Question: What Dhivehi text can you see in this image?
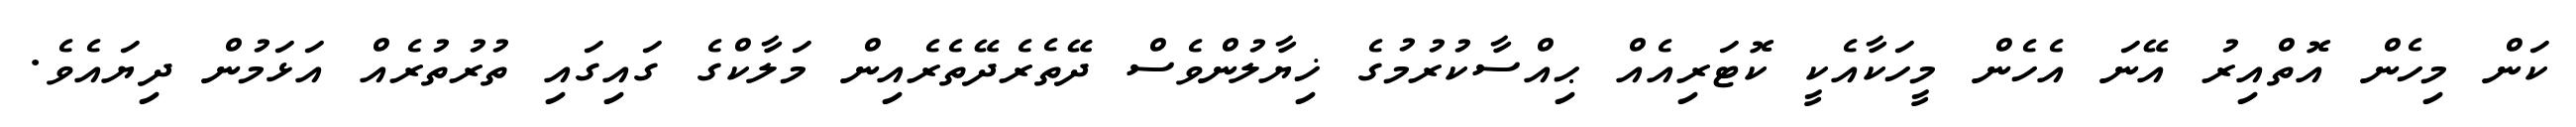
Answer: ކަން މިހެން އޮތްއިރު އޭނަ އެހެން މީހަކާއެކީ ކޮޓަރިއެއް ޙިއްސާކުރުމުގެ ޚިޔާލުންވެސް ދޭތެރެދޭތެރެއިން މަލާކްގެ ގައިގައި ތުރުތުރެއް އަޅަމުން ދިޔައެވެ.